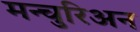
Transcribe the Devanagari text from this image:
मन्चुरिअन